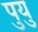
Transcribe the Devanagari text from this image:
पुयु